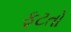
ફૂટતો